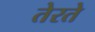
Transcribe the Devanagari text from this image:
तेरते